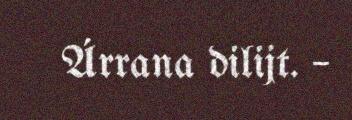
Árrana dilijt. –